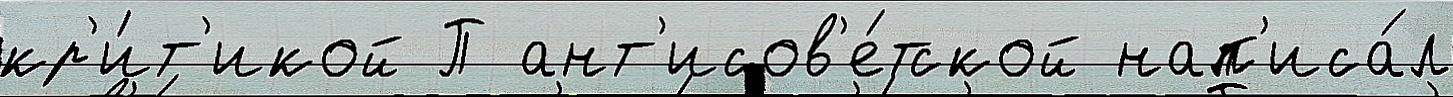
кр'и́т'икой П ант'исов'е́тской нап'иса́л